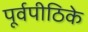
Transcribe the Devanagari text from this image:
पूर्वपीठिके